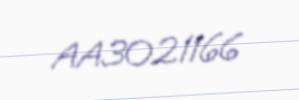
AA3021166